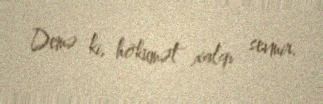
Demə ki, hökumət xalqı sevmir.